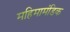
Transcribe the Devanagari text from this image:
महिमामंडिक